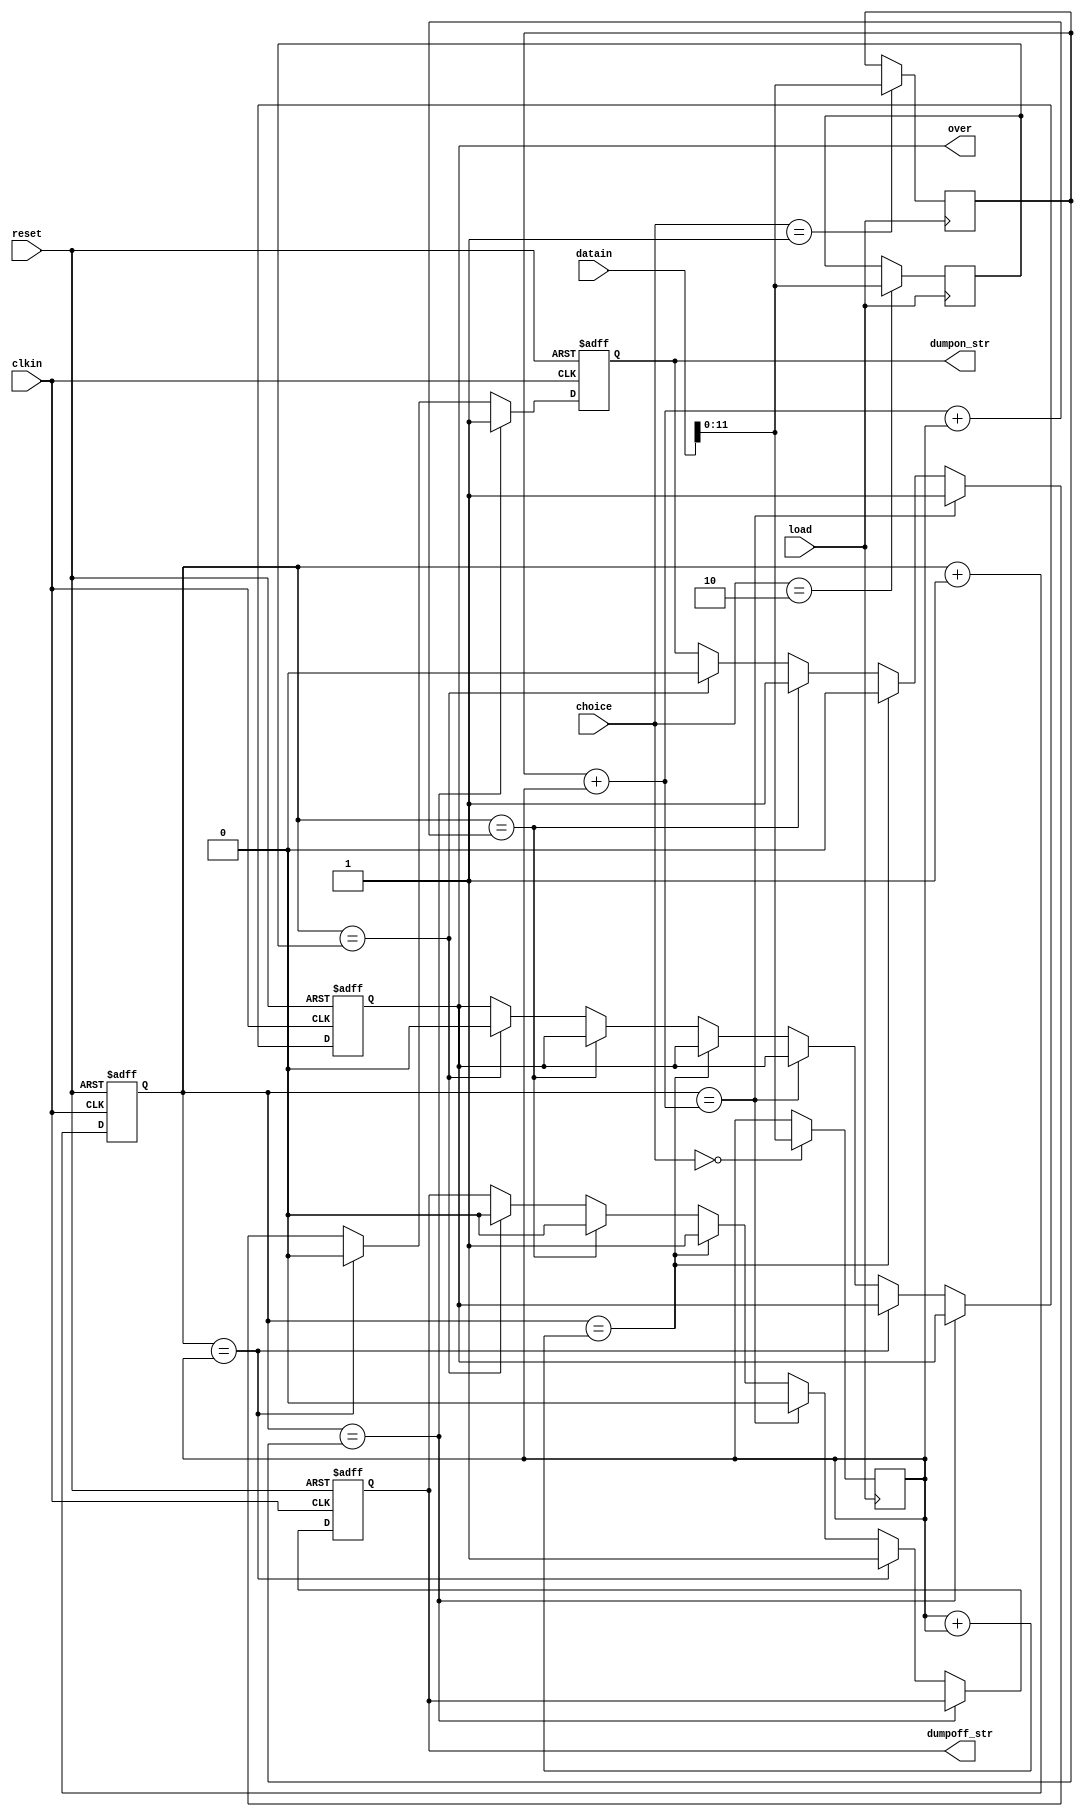
// maindump.v

module maindump(
                clkin,
                reset,
                load,
                datain,
                choice,
                dumpon_str,
                dumpoff_str,
                over
                );

input clkin;
input reset;
input load;
input [15:0] datain;
input [1:0] choice;

output dumpon_str;
output dumpoff_str;
output over;

reg dumpon_str;
reg dumpoff_str;
reg over;

reg [11:0] w_time;
reg [11:0] one_dump;
reg [11:0] l_dump;
reg [13:0] count;

always @ (posedge load)
   begin
        case(choice)
               0:
                 begin
                      one_dump <= datain[11:0]; 
                 end              
               1:
                 begin
                      w_time <= datain[11:0]; 
                 end
               2:
                 begin
                      l_dump <= datain[11:0]; 
                 end
        endcase
   end

always @ (posedge reset or posedge clkin)
   begin
         if(reset)
             begin
                  count <= 0;
                  dumpon_str <= 0;
                  dumpoff_str <= 0;
                  over <= 1;
             end
         
         else
             begin
                  count <= count +1;
                  case(count)
                     w_time:
                            begin
                                 dumpon_str <= 1;
                            end  
                     one_dump:
                            begin
                                 dumpon_str <= 0;
                                 dumpoff_str <= 1;
                            end  
                     w_time+one_dump:
                            begin
                                 dumpon_str <= 1;
                                 dumpoff_str <= 0;
                            end   
                     one_dump+one_dump:
                            begin
                                 dumpon_str <= 0;
                                 dumpoff_str <= 1;
                            end   
                     w_time+one_dump+one_dump:
                            begin
                                 dumpon_str <= 1;
                                 dumpoff_str <= 0;
                            end   
                     l_dump:
                            begin
                                 dumpon_str <= 0;
                                 dumpoff_str <= 0;
                                 over <= 0;
                            end  
                  endcase  
             end
   end

endmodule